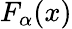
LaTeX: F_{\alpha}(x)